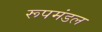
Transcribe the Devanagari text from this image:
रूपमंडल